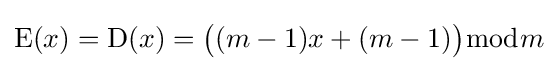
\mathrm {E} (x)=\mathrm {D} (x)={\big (}(m-1)x+(m-1){\big )}{\bmod {m}}